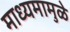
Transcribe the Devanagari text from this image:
माध्यमामुळे